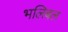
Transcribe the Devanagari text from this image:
भलिबल